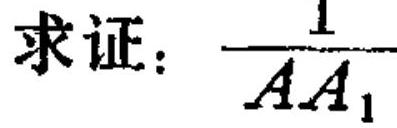
求证：\(\dfrac{1}{AA_{1}}\)